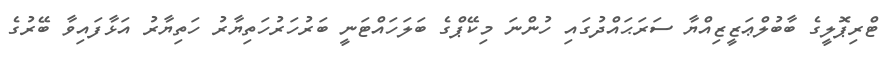
ޓްރިޕޮލީގެ ބާބުލްޢަޒީޒިއްޔާ ސަރަޙައްދުގައި ހުންނަ މިކޭޕްގެ ބަލަހައްޓަނީ ބަރުހަރުހަތިޔާރު ހަތިޔާރު އަޅާފައިވާ ބޭރުގެ